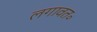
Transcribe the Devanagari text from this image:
लगावत॰